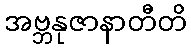
အဗ္ဘနုဇာနာတီတိ